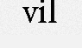
vil